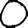
Digit: 0